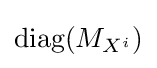
{\textrm {diag}}(M_{X^{i}})